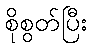
စိုစွတ်ပြီး